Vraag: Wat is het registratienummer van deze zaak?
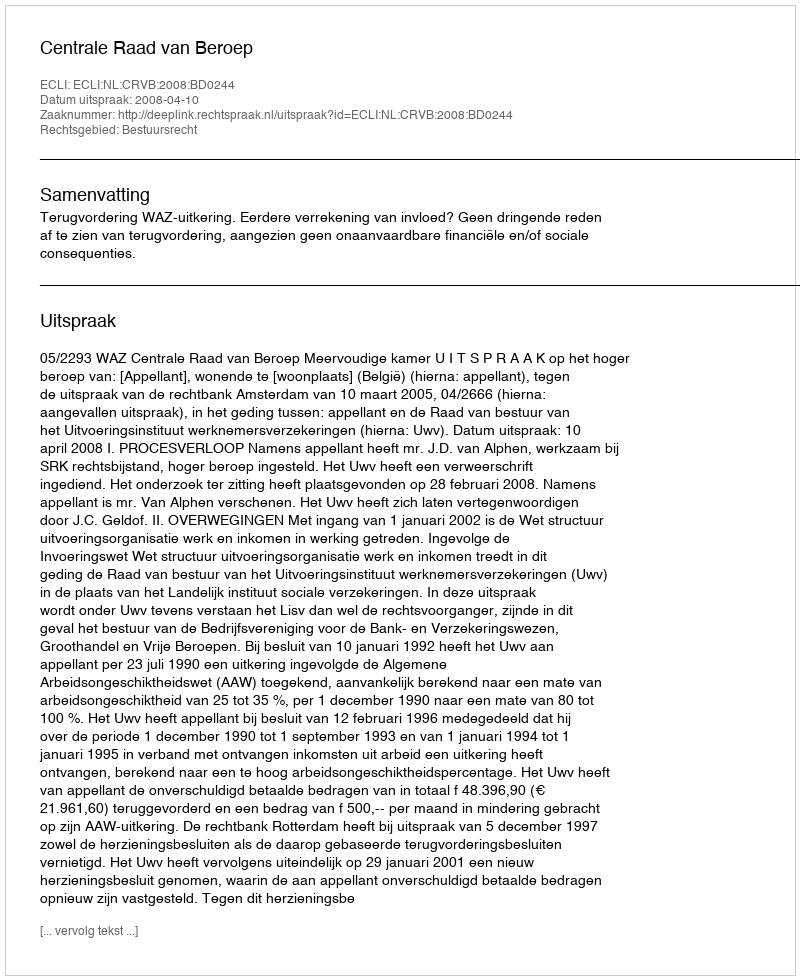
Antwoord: http://deeplink.rechtspraak.nl/uitspraak?id=ECLI:NL:CRVB:2008:BD0244